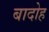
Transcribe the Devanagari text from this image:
बादोह